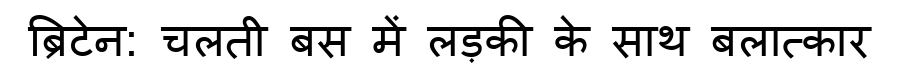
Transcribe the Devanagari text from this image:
ब्रिटेन: चलती बस में लड़की के साथ बलात्कार